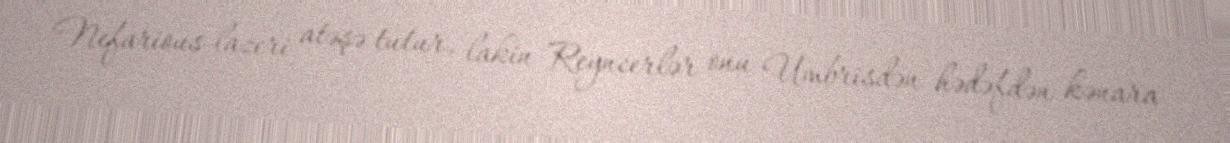
Nefarious lazeri atəşə tutur, lakin Reyncerlər onu Umbrisdən hədəfdən kənara